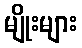
မျိုးများ